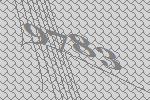
9783